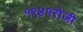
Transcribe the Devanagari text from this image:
१९४१रोजी